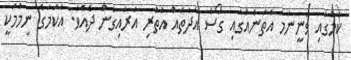
ކަމުގައި ވަނީނަމަ އެތަނެއްގައި ގޯސް އާދަތައް އުތުރި އަރައިގެން ދެއެވެ. އެކަމަގެ ނިމުމަކީ